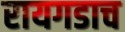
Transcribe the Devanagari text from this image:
रायगडाच